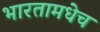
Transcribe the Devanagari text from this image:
भारतामधेच